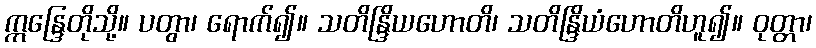
ဣန္ဒြေတိုသို့။ ပတွာ၊ ရောက်၍။ သတိန္ဒြိယဟောတိ၊ သတိန္ဒြိယံဟောတိဟူ၍။ ဝုတ္တာ၊